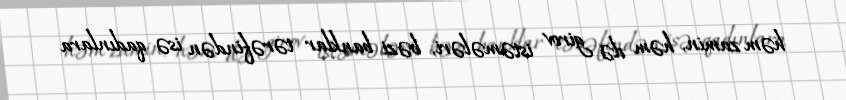
həm zamin, həm də girov istəmələri, bəzi banklar tərəfindən isə qadınlara